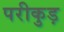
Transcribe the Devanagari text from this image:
परीकुड़